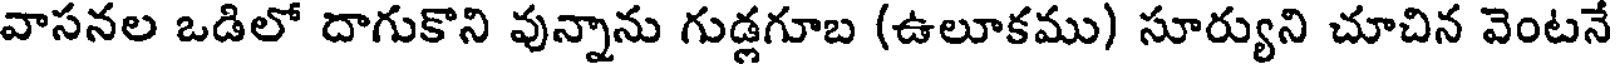
వాసనల ఒడిలో దాగుకొని వున్నాను గుడ్లగూబ (ఉలూకము) సూర్యుని చూచిన వెంటనే